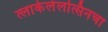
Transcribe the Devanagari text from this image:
त्लाकेलेलत्सिनचा